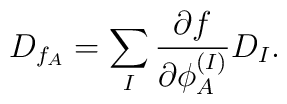
D_{f_A}=\sum_I {{\partial f}\over{\partial\phi_A^{(I)}}}D_I.